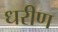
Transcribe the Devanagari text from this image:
धरीण